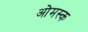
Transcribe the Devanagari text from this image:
ओमस्क